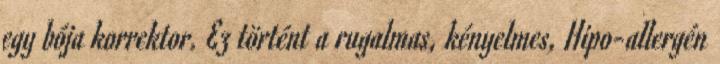
egy bója korrektor. Ez történt a rugalmas, kényelmes, Hipo-allergén